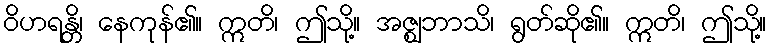
ဝိဟရန္တိ၊ နေကုန်၏။ ဣတိ၊ ဤသို့။ အဇ္ဈဘာသိ၊ ရွတ်ဆို၏။ ဣတိ၊ ဤသို့။